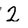
Character: 2